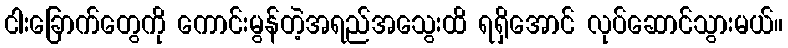
ငါးခြောက်တွေကို ကောင်းမွန်တဲ့အရည်အသွေးထိ ရရှိအောင် လုပ်ဆောင်သွားမယ်။